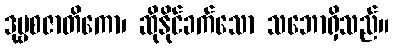
ဒုဗ္ဗစဇာတိကော၊ ဆိုနိုင်ခက်သော သဘောရှိသည်။